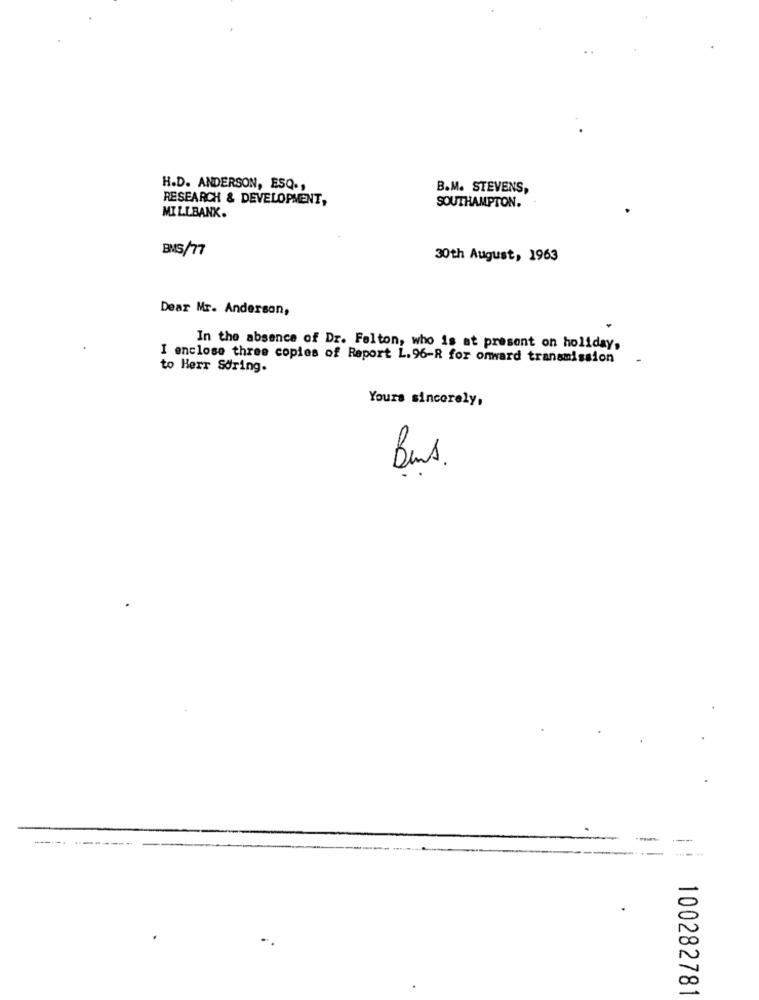
H.D. ANDERSON, ESQ .,
B.M. STEVENS,
RESEARCH & DEVELOPMENT,
SOUTHAMPTON.
MILLBANK.
BMS/77
30th August, 1963
Dear Mr. Anderson,
In the absence of Dr. Felton, who is at present on holiday,
I enclose three copies of Report L.96-R for onward transmission
to Herr Soring.
Yours sincerely,
Bus.
100282781